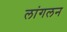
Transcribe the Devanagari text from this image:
लांगलन